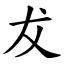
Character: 犮